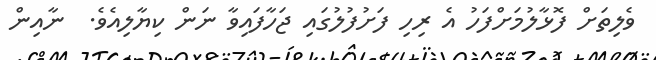
ވެލިތަށް ފޮޅާލުމަށްފަހު އެ ރިހި ފަށުފުލުގައި ޖަހާފައިވާ ނަން ކިޔާލިއެވެ.  ނާއިން